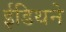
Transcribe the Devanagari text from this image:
ईडिथने